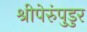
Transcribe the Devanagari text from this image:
श्रीपेरुंपुडुर